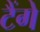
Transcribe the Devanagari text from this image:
टैंगे